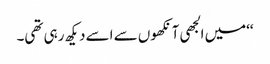
‘‘میں الجھی آنکھوں سے اسے دیکھ رہی تھی۔